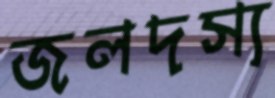
জলদস্য